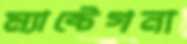
ম্যান্টেগনা